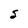
Character: S